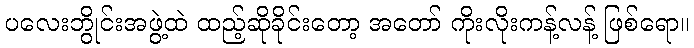
ပလေးဘွိုင်းအဖွဲ့ထဲ ထည့်ဆိုခိုင်းတော့ အတော် ကိုးလိုးကန့်လန့် ဖြစ်ရော။